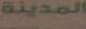
المدينة